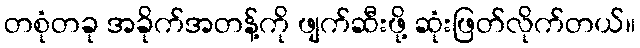
တစုံတခု အခိုက်အတန့်ကို ဖျက်ဆီးဖို့ ဆုံးဖြတ်လိုက်တယ်။